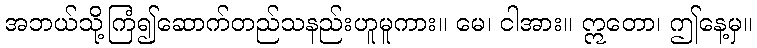
အဘယ်သို့ကြံ၍ဆောက်တည်သနည်းဟူမူကား။ မေ၊ ငါအား။ ဣတော၊ ဤနေ့မှ။